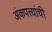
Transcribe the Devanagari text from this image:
अंकपत्त्यांची